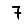
Digit: 7